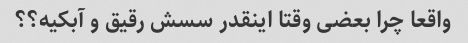
واقعا چرا بعضی وقتا اینقدر سسش رقیق و آبکیه؟؟